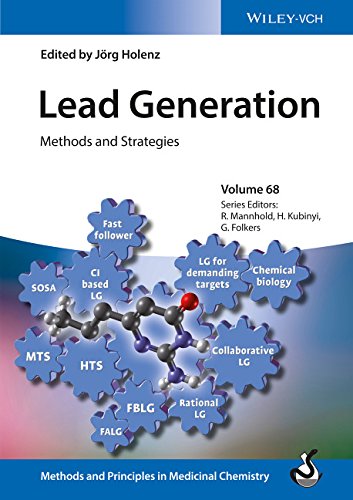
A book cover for Lead Generation: Methods and Strategies, Volume 67 (Methods and Principles in Medicinal Chemistry); Medical Books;